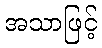
အသာဖြင့်